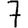
Digit: 7